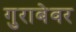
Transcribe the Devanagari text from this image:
गुराबेवर